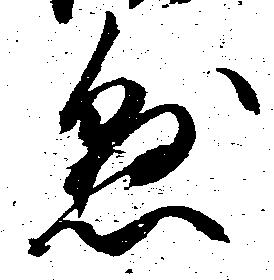
懸